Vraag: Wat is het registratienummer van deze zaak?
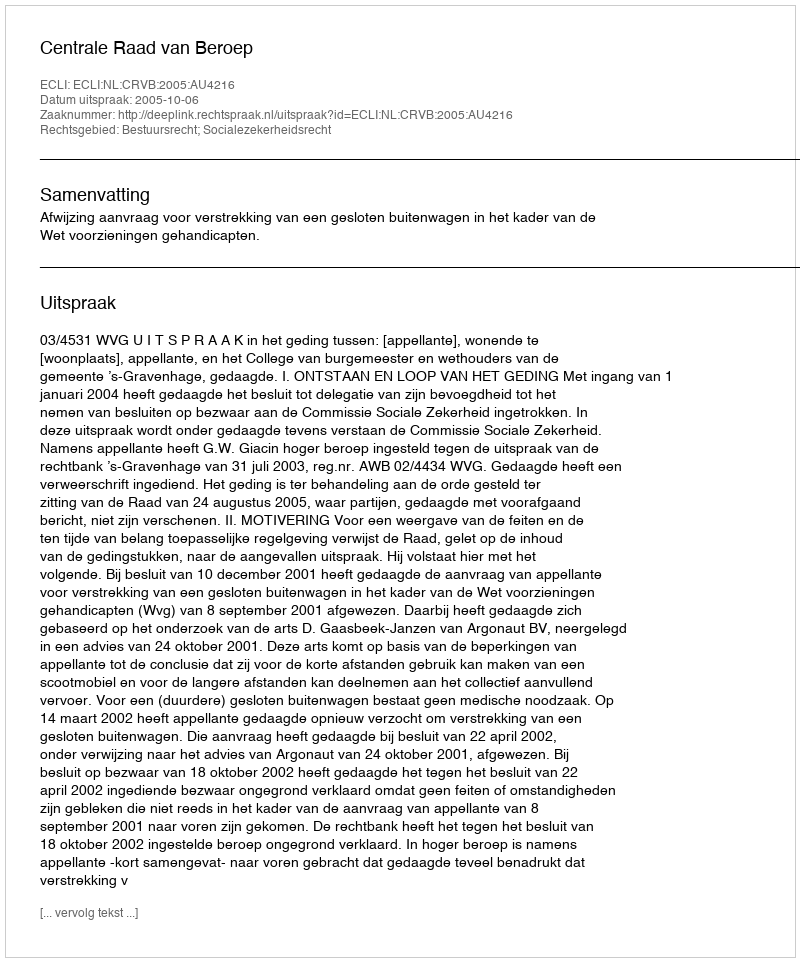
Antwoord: http://deeplink.rechtspraak.nl/uitspraak?id=ECLI:NL:CRVB:2005:AU4216